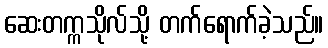
ဆေးတက္ကသိုလ်သို့ တက်ရောက်ခဲ့သည်။